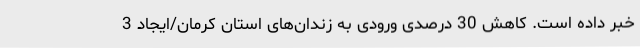
خبر داده است. کاهش 30 درصدی ورودی به زندان‌های استان کرمان/ایجاد 3